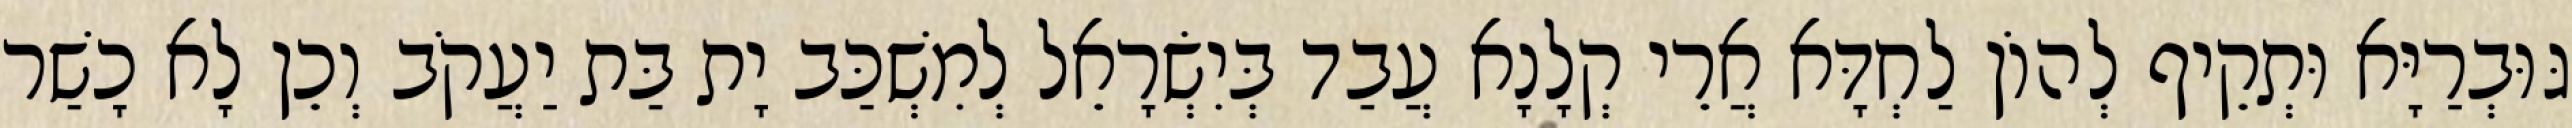
גּוּבְרַיָּא וּתְקֵיף לְהוֹן לַחְדָּא אֲרֵי קְלָנָא עֲבַד בְּיִשְׂרָאֵל לְמִשְׁכַּב יָת בַּת יַעֲקֹב וְכֵן לָא כָשַׁר